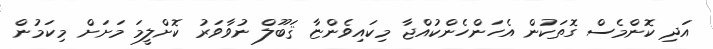
އަދި ކޮންމެސް ގޮތަކުން އެހަންހެންކުއްޖާ މިކައިވެންޏާ ޤަބޫލް ނުވާވަރު ކޮށްލީމަ މަށަށް މިކަމުން